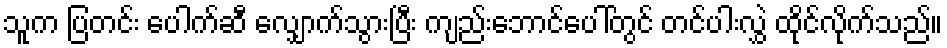
သူက ပြတင်း ပေါက်ဆီ လျှောက်သွားပြီး ကျည်းဘောင်ပေါ်တွင် တင်ပါးလွှဲ ထိုင်လိုက်သည်။